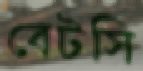
বেটসি